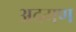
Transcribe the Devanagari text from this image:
अदमण